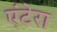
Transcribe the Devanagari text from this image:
एंटेरा